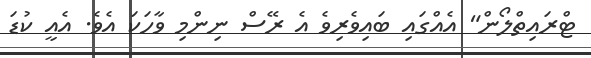
ޓްރައިތްލޯން" އެއްގައި ބައިވެރިވެ އެ ރޭސް ނިންމި ވާހަކަ އެވެ. އެއީ ކުޑަ